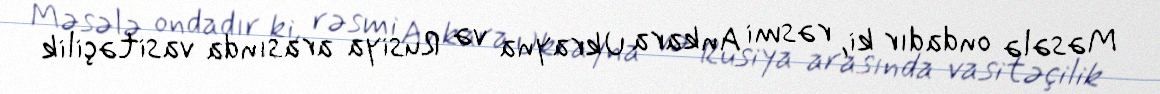
Məsələ ondadır ki, rəsmi Ankara Ukrayna və Rusiya arasında vasitəçilik